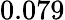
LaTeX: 0.079